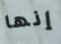
إنها